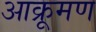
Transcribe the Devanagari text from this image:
आक्रूमण